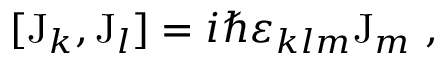
[ \mathrm { J } _ { k } , \mathrm { J } _ { l } ] = i \hbar \varepsilon _ { k l m } \mathrm { J } _ { m } ~ ,